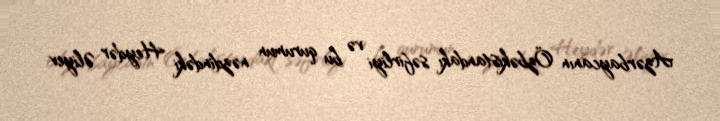
Azərbaycanın Özbəkistandakı səfirliyi və bu qurumun nəzdindəki Heydər Əliyev